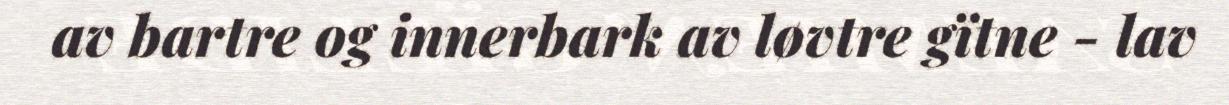
av bartre og innerbark av løvtre gïtne - lav